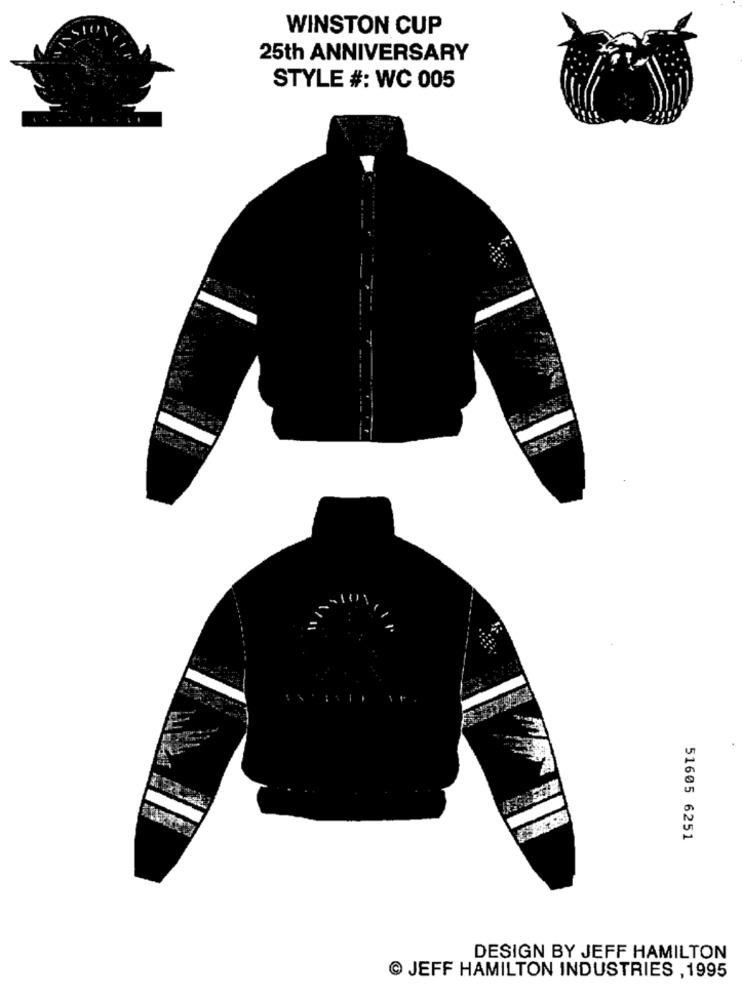
WINSTON CUP
25th ANNIVERSARY
STYLE #: WC 005
51605 6251
DESIGN BY JEFF HAMILTON
JEFF HAMILTON INDUSTRIES , 1995